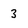
Character: 3